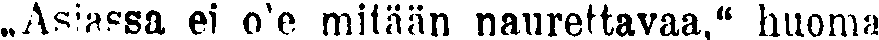
,,Asiassa ei o'e mitään naurettavaa,'' huoma